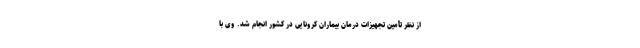
از نظر تأمین تجهیزات درمان بیماران کرونایی در کشور انجام شد. وی با